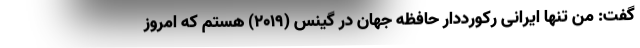
گفت: من تنها ایرانی رکورددار حافظه جهان در گینس (۲۰۱۹) هستم که امروز